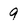
Character: 9